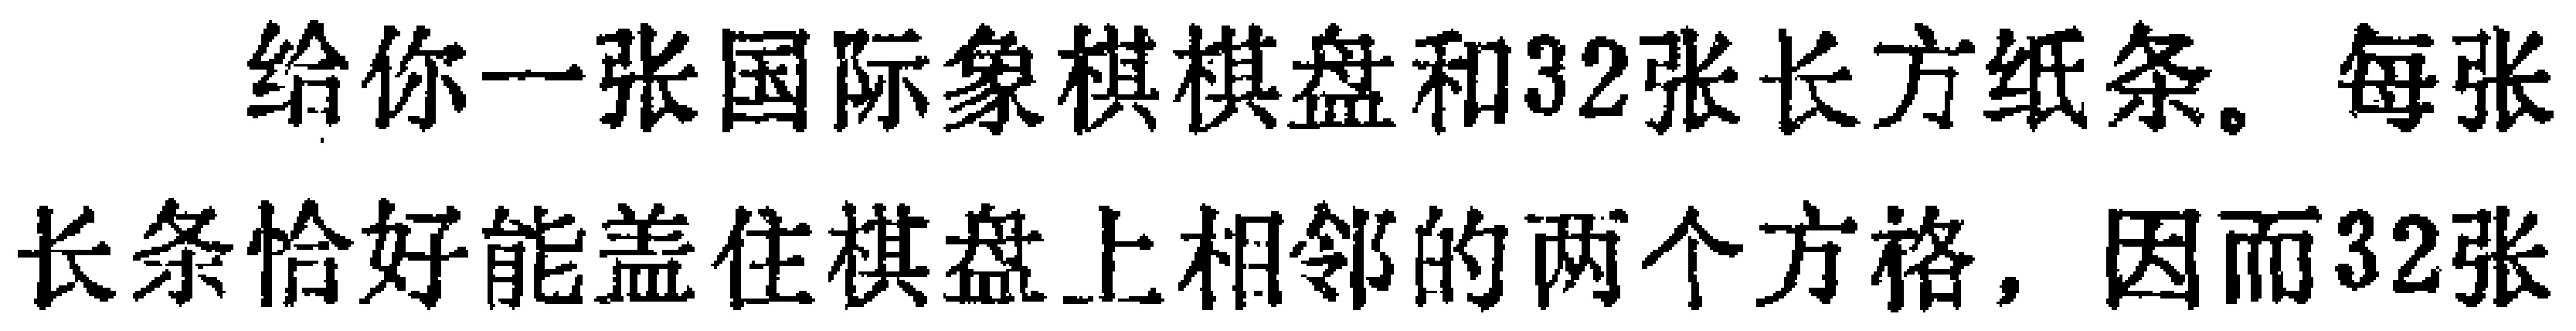
给你一张国际象棋棋盘和32张长方纸条。每张长条恰好能盖住棋盘上相邻的两个方格，因而32张